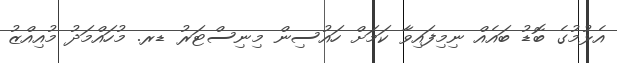
އެޅުމުގެ ބޮޑު ބައެއް ނިމިފައިވާ ކަމަށް ހައުސިން މިނިސްޓަރު ޑރ. މުހައްމަދު މުއިއްޒު